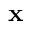
\textbf { x }